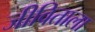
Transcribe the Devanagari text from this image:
जीविताला